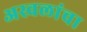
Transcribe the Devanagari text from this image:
अस्वलांचा